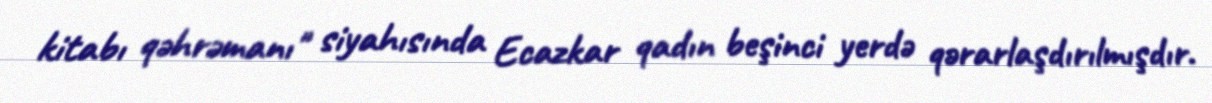
kitabı qəhrəmanı" siyahısında Ecazkar qadın beşinci yerdə qərarlaşdırılmışdır.